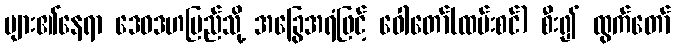
များ၏နေရာ ဒေဝဒဟပြည်သို့ အခြွေအရံဖြင့် ဝေါတော်(ထမ်းစင်) စီး၍ ထွက်တော်